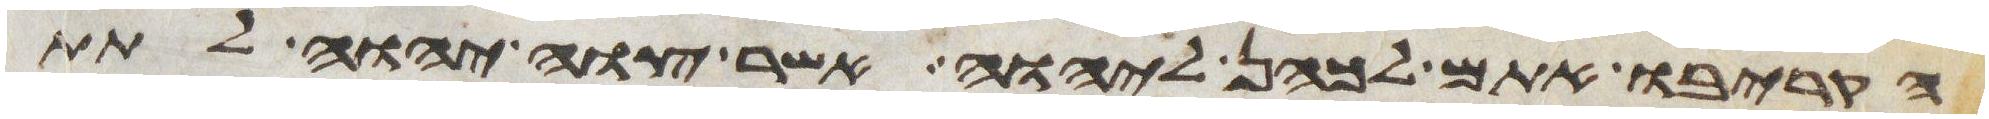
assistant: הקריבו אתם לכהן ליהוה אשר צוה יהוה לתת